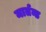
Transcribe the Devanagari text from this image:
मार्तन्ड